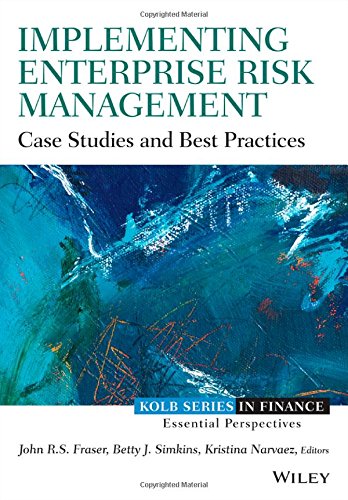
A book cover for Implementing Enterprise Risk Management: Case Studies and Best Practices (Robert W. Kolb Series); John Fraser; Business & Money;